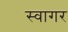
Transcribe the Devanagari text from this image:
स्वागर